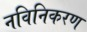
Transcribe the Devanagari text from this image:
नविनिकरण